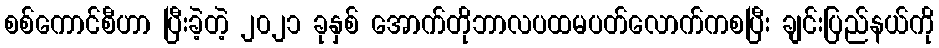
စစ်ကောင်စီဟာ ပြီးခဲ့တဲ့ ၂၀၂၁ ခုနှစ် အောက်တိုဘာလပထမပတ်လောက်ကစပြီး ချင်းပြည်နယ်ကို